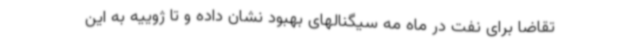
تقاضا برای نفت در ماه مه سیگنالهای بهبود نشان داده و تا ژوییه به این